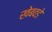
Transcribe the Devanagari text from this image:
खेबवडे